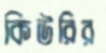
কিউরির